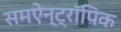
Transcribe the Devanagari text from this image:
समऐन्ट्रॉपिक